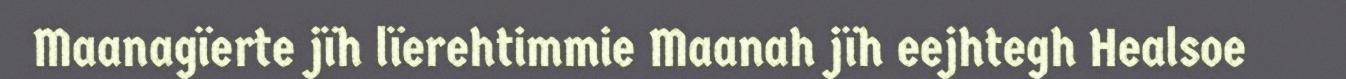
Maanagïerte jïh lïerehtimmie Maanah jïh eejhtegh Healsoe